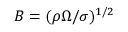
B = ( \rho \Omega / \sigma ) ^ { 1 / 2 }